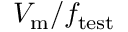
V _ { \mathrm { m } } / f _ { \mathrm { t e s t } }